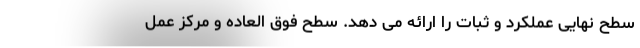
سطح نهایی عملکرد و ثبات را ارائه می دهد. سطح فوق العاده و مرکز عمل